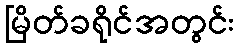
မြိတ်ခရိုင်အတွင်း